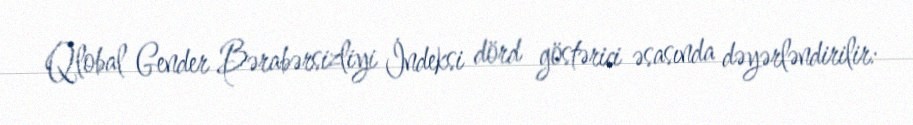
Qlobal Gender Bərabərsizliyi İndeksi dörd göstərici əsasında dəyərləndirilir: